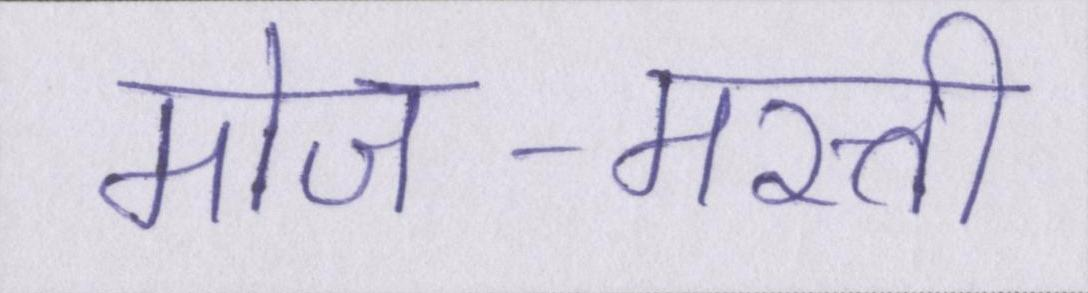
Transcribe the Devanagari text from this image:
मोज-मस्ती